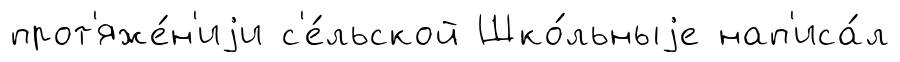
прот'яже́н'иjи с'е́льской Шко́льныjе нап'иса́л